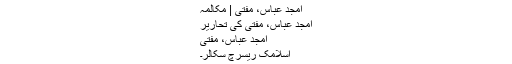
امجد عباس، مفتی | مکالمہ
امجد عباس، مفتی کی تحاریر
امجد عباس، مفتی
اسلامک ریسرچ سکالر۔